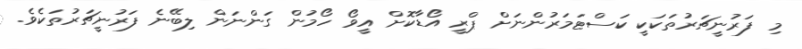
މި ފަރުނީޗަރުތަކަކީ ކަސްޓަމަރުންނަށް ޕްރީ އޯޑާކޮށް އީވޯ ހޯމުން ގަންނަން ލިބޭނެ ފަރުނީޗަރުތަކެވެ.